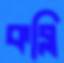
কব্‌লি